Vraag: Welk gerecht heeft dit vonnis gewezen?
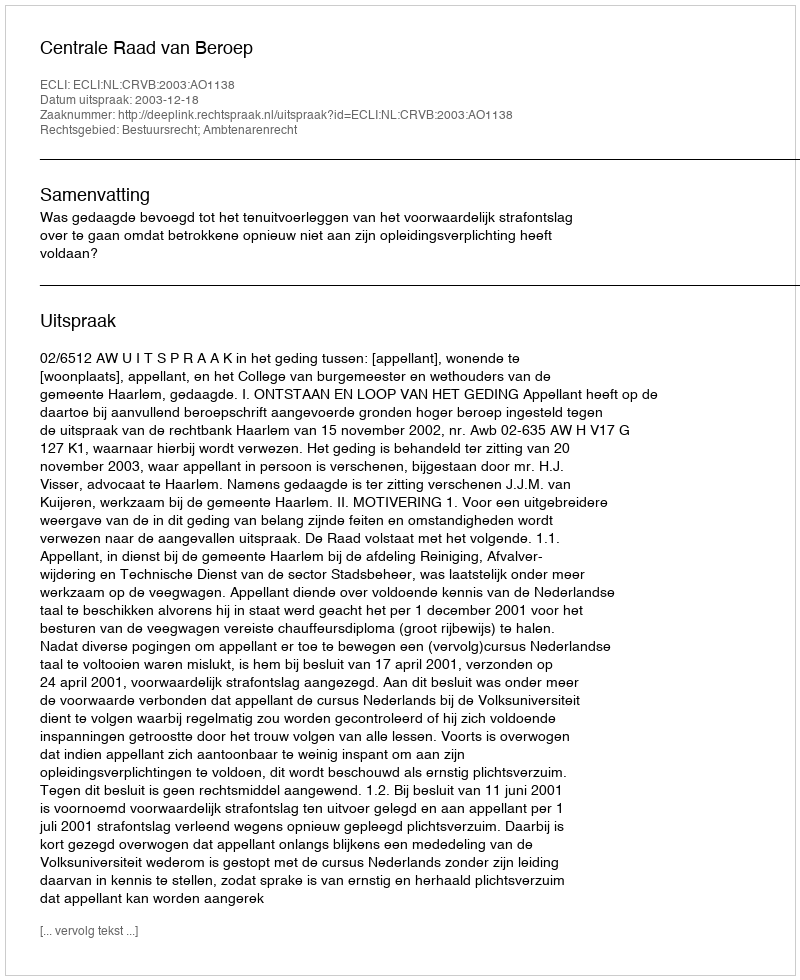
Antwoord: Centrale Raad van Beroep